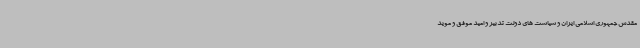
مقدس جمهوری اسلامی ایران و سیاست های دولت تدبیر و امید موفق و موید